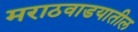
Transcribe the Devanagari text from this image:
मराठवाडयातील